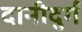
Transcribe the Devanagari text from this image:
दानीदुर्ग